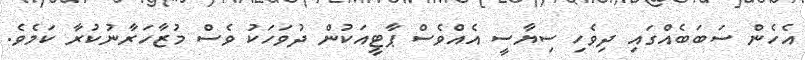
އެހެން ސަބަބެއްގައި ދިވެހި ސިޔާސީ އެއްވެސް ޕާޓީއަކުން ދުވަހަކު ވެސް މުޒާހަރާނުކުރާ ކަމެވެ.